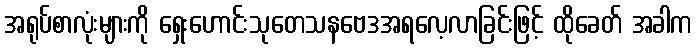
အရုပ်စာလုံးများကို ရှေးဟောင်းသုတေသနဗေဒအရလေ့လာခြင်းဖြင့် ထိုခေတ် အခါက